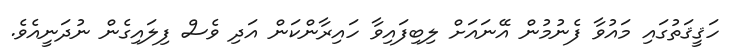
ހަޤީޤަތުގައި މައުވާ ފެނުމުން އޭނައަށް ލިބިފައިވާ ހައިރާންކަން އަދި ވެސް ފިލައިގެން ނުދަނީއެވެ.